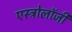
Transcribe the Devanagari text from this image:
एस्‍ट्रोलॉजी